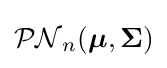
{\mathcal {PN}}_{n}({\boldsymbol {\mu }},{\boldsymbol {\Sigma }})